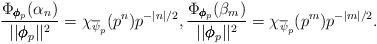
LaTeX: \begin{align*} \frac{\Phi_{\pmb{\phi}_p}(\alpha_n)}{||\pmb{\phi}_p||^2} = \chi_{\overline{\psi}_p}(p^n)p^{-|n|/2}, \frac{\Phi_{\pmb{\phi}_p}(\beta_m)}{||\pmb{\phi}_p||^2} = \chi_{\overline{\psi}_p}(p^m)p^{-|m|/2}. \end{align*}